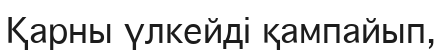
Қарны үлкейді қампайып,